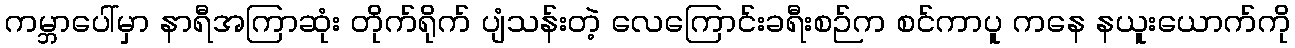
ကမ္ဘာပေါ်မှာ နာရီအကြာဆုံး တိုက်ရိုက် ပျံသန်းတဲ့ လေကြောင်းခရီးစဉ်က စင်ကာပူ ကနေ နယူးယောက်ကို